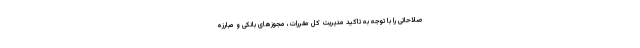
صلاحاتی را با توجه به تاکید مدیریت کل مقررات، مجوزهای بانکی و مبارزه